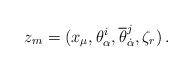
LaTeX: \begin{align*}z_{m} = (x_{\mu},\theta_{\alpha}^{i}, {\overline \theta}_{\dot \alpha}^{j}, \zeta_{r}) \, .\end{align*}